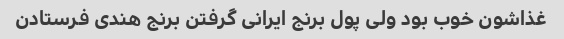
غذاشون خوب بود ولی پول برنج ایرانی گرفتن برنج هندی فرستادن